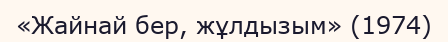
«Жайнай бер, жұлдызым» (1974)